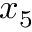
x _ { 5 }